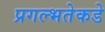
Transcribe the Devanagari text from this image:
प्रगल्‍भतेकडे